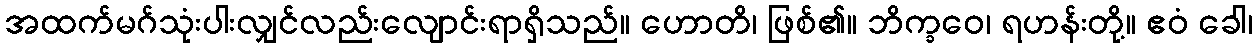
အထက်မဂ်သုံးပါးလျှင်လည်းလျောင်းရာရှိသည်။ ဟောတိ၊ ဖြစ်၏။ ဘိက္ခဝေ၊ ရဟန်းတို့။ ဧဝံ ခေါ၊